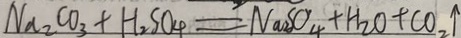
N _ { 2 } C O _ { 2 } + H _ { 2 } S O _ { 4 } = N _ { a _ { 2 } O _ { 4 } } + H _ { 2 } O + C O _ { 2 } \uparrow